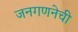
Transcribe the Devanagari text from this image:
जनगणनेची